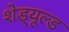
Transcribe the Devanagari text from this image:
शेड्‌यूल्ड